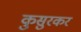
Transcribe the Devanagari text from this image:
कुसुरकर